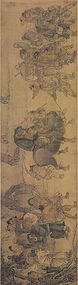
疏懒意何长，春风花草香。